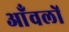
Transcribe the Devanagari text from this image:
आँवलों